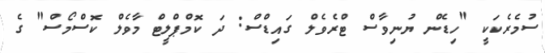
ސުމެރެކަކީ "ހިޑެން ޔުނިވާސް ޓްރެވެލް ގައިޑްސް: ދަ ކޮމްޕްލީޓް މާވެލް ކޮސްމޯސް" ގެ